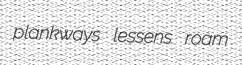
plankways lessens roam